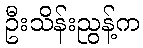
ဦးသိန်းညွန့်က